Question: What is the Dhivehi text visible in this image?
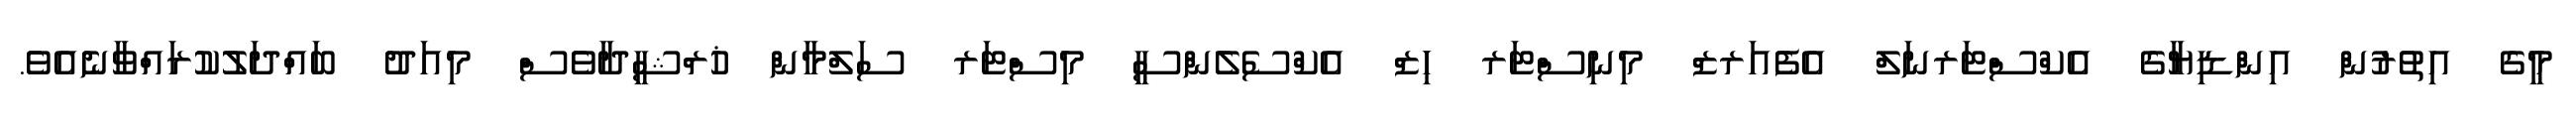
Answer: މީގެ އިތުރުން އިންޑިޔާގެ އެކްސްޓަރނަލް އެފެއަރޒް މިނިސްޓަރ ހިޒް އެކްސެލެންސީ މިސްޓަރ ސަލްމާން ޚުރްޝީދާވެސް މިއަދު ބައްދަލުކުރައްވާނެއެވެ.